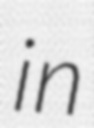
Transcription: in